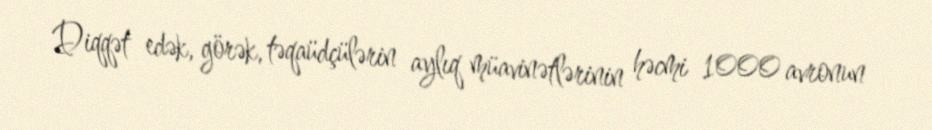
Diqqət edək, görək, təqaüdçülərin aylıq müavinətlərinin həcmi 1000 avronun